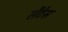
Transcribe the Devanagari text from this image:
सेंटेस